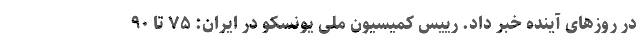
در روزهای آینده خبر داد. رییس کمیسیون ملی یونسکو در ایران: ۷۵ تا ۹۰